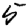
Digit: 5